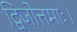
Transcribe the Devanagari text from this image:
द्विजोत्तमाः।